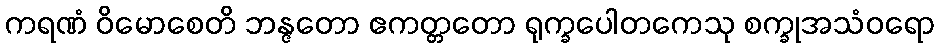
ကရဏံ ဝိမောစေတိ ဘန္ဇတော ဧကတ္တတော ရုက္ခပေါတကေသု စက္ခုအသံဝရော